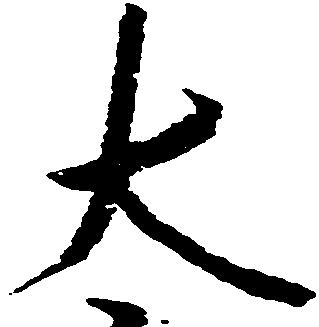
太